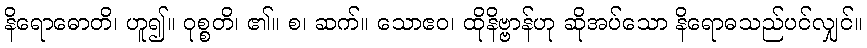
နိရောဓောတိ၊ ဟူ၍။ ဝုစ္စတိ၊ ၏။ စ၊ ဆက်။ သောဧဝ၊ ထိုနိဗ္ဗာန်ဟု ဆိုအပ်သော နိရောဓသည်ပင်လျှင်။